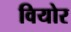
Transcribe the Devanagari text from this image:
वियोर